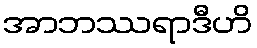
အာဘဿရာဒီဟိ